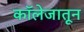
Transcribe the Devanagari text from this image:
काॅलेजातून